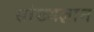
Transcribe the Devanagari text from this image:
सांख्यज्ञान